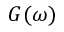
G ( \omega )